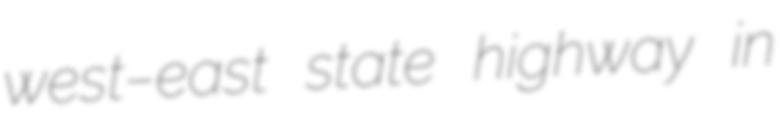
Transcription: west–east state highway in